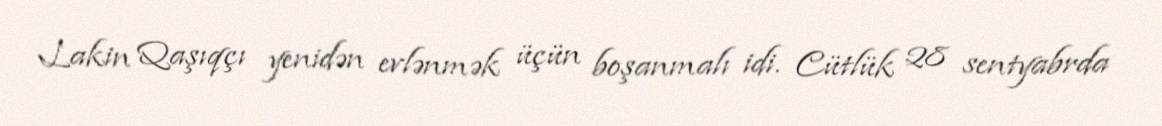
Lakin Qaşıqçı yenidən evlənmək üçün boşanmalı idi. Cütlük 28 sentyabrda